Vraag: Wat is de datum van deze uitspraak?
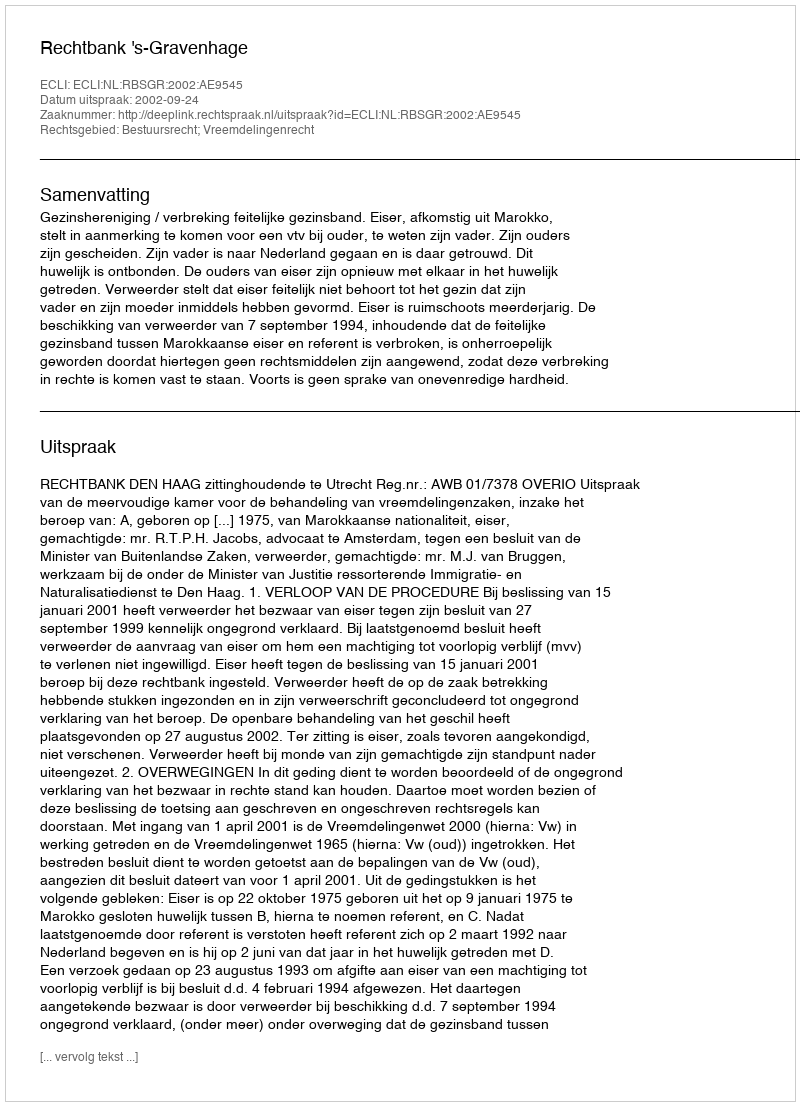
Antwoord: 2002-09-24